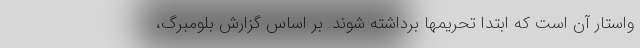
واستار آن است که ابتدا تحریمها برداشته شوند. بر اساس گزارش بلومبرگ،